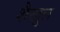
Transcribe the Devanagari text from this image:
शैखुल